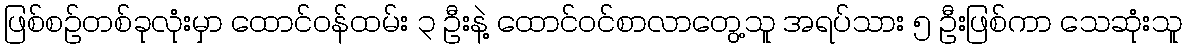
ဖြစ်စဉ်တစ်ခုလုံးမှာ ထောင်ဝန်ထမ်း ၃ ဦးနဲ့ ထောင်ဝင်စာလာတွေ့သူ အရပ်သား ၅ ဦးဖြစ်ကာ သေဆုံးသူ